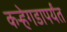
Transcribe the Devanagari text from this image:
कर्‍हेगडापर्यंत